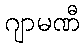
ဂျာမဏီ